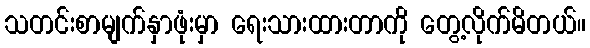
သတင်းစာမျက်နှာဖုံးမှာ ရေးသားထားတာကို တွေ့လိုက်မိတယ်။